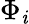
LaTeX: \Phi_{\mathit{i}}